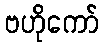
ဗဟိုကော်